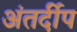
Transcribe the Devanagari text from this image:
अंतर्दीप